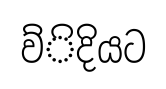
ව්ිදියට